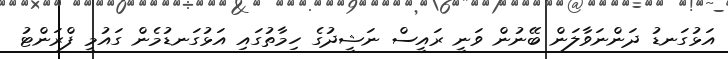
އަޅުގަނޑު ދަންނަވާލަން ބޭނުން ވަނީ ރައީސް ނަޝީދުގެ ހިމާތުގައި އަޅުގަނޑުމެން ގައުމީ ފްރަންޓު